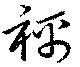
襦